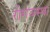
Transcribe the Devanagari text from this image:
रोगवस्था